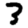
Digit: 3